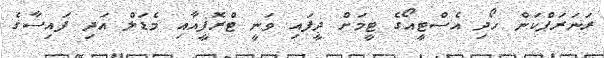
ރަނަރަޕްކަން ހޯދި އެސްޓީއޯގެ ޓީމަށް ދީފައި ވަނީ ޓްރޮފީއާއި މެޑަލް އަދި ފައިސާގެ